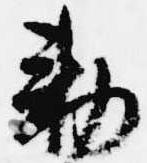
勅